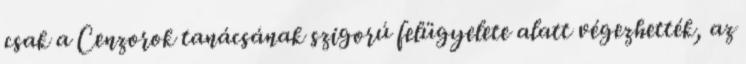
csak a Cenzorok tanácsának szigorú felügyelete alatt végezhették, az